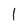
Character: 1